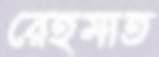
রেহমাত